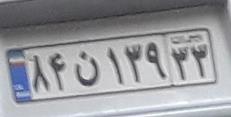
۸۴ن۱۳۹۳۳